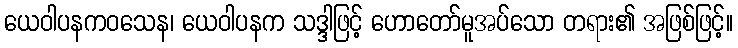
ယေဝါပနကဝသေန၊ ယေဝါပနက သဒ္ဒါဖြင့် ဟောတော်မူအပ်သော တရား၏ အဖြစ်ဖြင့်။